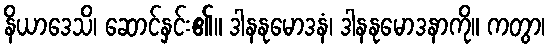
နိယာဒေသိ၊ ဆောင်နှင်း၏။ ဒါနနုမောဒနံ၊ ဒါနနုမောဒနာကို။ ကတွာ၊